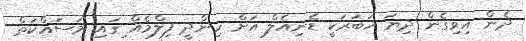
ދެން އިވިގެން ދިޔަ ޚަބަރަކީ ޑެނިއެލް އަށް ހިންދީ ފިލްމެއް ިގައި މަސައްކަތް